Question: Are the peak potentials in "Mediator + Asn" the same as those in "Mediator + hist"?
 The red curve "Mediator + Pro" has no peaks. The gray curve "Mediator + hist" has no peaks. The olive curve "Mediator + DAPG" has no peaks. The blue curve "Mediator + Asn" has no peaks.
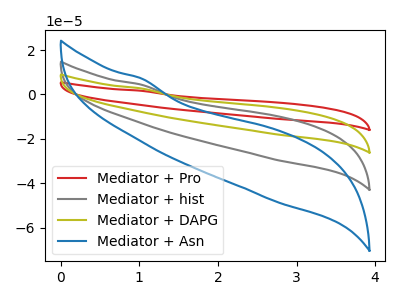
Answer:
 <answer>Niether CV has any peaks.</answer>
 <eval>blanks</eval>